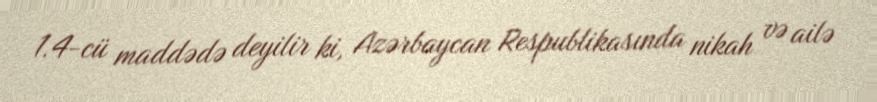
1.4-cü maddədə deyilir ki, Azərbaycan Respublikasında nikah və ailə